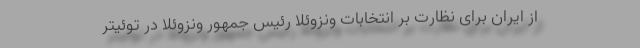
از ایران برای نظارت بر انتخابات ونزوئلا رئیس جمهور ونزوئلا در توئیتر